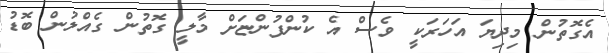
އެގޮތުން މިދިޔަ އަހަރަކީ ވެސް އެ ކުންފުންޏަށް މާލީ ގޮތުން ގެއްލުން ބޮޑު